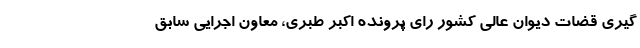
گیری قضات دیوان عالی کشور رای پرونده اکبر طبری، معاون اجرایی سابق